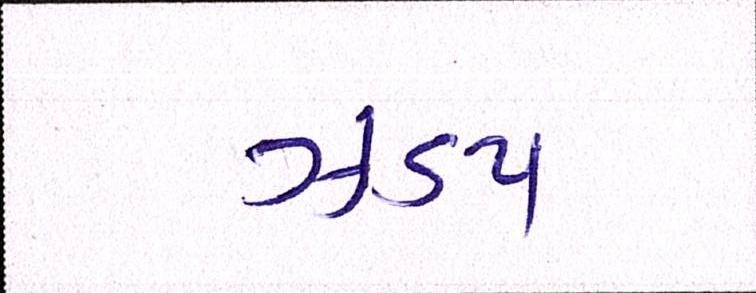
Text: ઝડપ